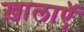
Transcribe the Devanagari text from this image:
ख़ालाएॅ